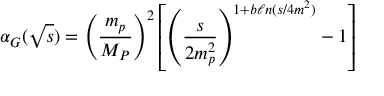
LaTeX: \alpha _ { G } ( \sqrt s ) = \left( \frac { m _ { p } } { M _ { P } } \right) ^ { 2 } \left[ \left( \frac { s } { 2 m _ { p } ^ { 2 } } \right) ^ { 1 + b \ell n ( s / 4 m ^ { 2 } ) } - 1 \right]